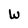
Character: W